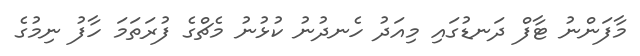
މާފަންނު ޓާފް ދަނޑުގައި މިއަދު ހެނދުނު ކުޅުނު މެޗްގެ ފުރަތަމަ ހާފު ނިމުގެ